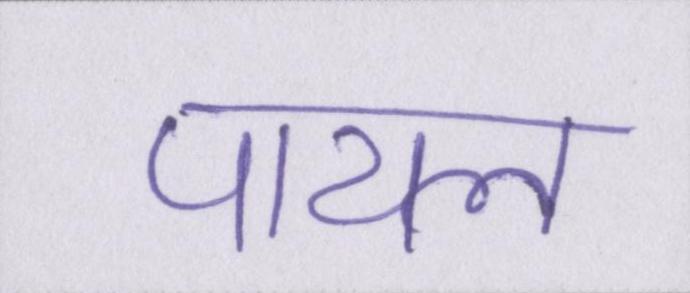
पायल